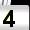
Digit: 4